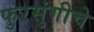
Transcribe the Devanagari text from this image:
फुरसुंगीचे